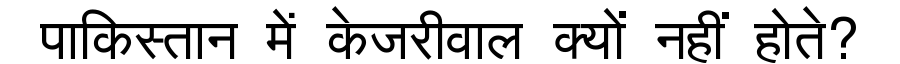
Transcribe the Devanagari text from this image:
पाकिस्तान में केजरीवाल क्यों नहीं होते?